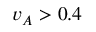
v _ { A } > 0 . 4